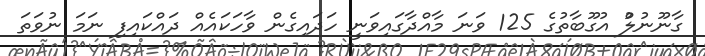
ގާނޫނުލުް އުގޫބާތުގެ 125 ވަނަ މާއްދާގައިވަނީ ހަދައިގެން ވާހަކައެއް ދައްކައިފި ނަމަ ނުވަތަ